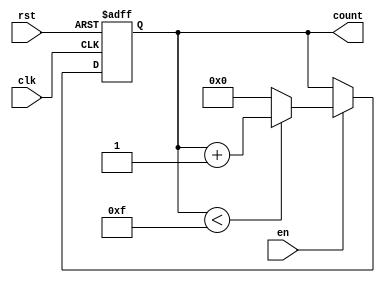
module MemoryBlocksUpCounter #(
    parameter INIT_VAL = 0,  // Initial value of the counter
    parameter MAX_VAL = 15   // Maximum value of the counter (can be adjusted as needed)
)(
    input wire clk,          // Clock signal
    input wire rst,          // Reset signal (active-high)
    input wire en,           // Enable signal (active-high)
    output reg [$clog2(MAX_VAL):0] count // Current count value
);

    // Initialize the count value
    initial begin
        count = INIT_VAL;
    end

    // Always block triggered on the rising edge of the clock
    always @(posedge clk or posedge rst) begin
        if (rst) begin
            // Reset the counter to the initial value
            count <= INIT_VAL;
        end else if (en) begin
            // Increment the counter if enabled
            if (count < MAX_VAL) begin
                count <= count + 1;
            end else begin
                // Wrap around to the initial value
                count <= INIT_VAL;
            end
        end
    end

endmodule